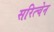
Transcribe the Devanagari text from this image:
सरित्चेन